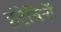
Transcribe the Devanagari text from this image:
इंटेग्रिनों